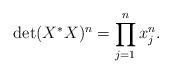
LaTeX: \begin{align*}\det(X^*X)^n = \prod_{j=1}^n x_j^n.\end{align*}